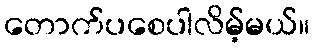
တောက်ပစေပါလိမ့်မယ်။